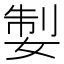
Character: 𡝧